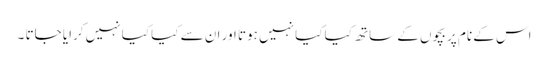
اس کے نام پر بچوں کے ساتھ کیا کیا نہیں ہوتا اور ان سے کیا کیا نہیں کرایا جاتا ۔